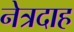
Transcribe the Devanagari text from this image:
नेत्रदाह